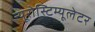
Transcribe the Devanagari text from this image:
न्यूरोस्टिम्यूलेटर